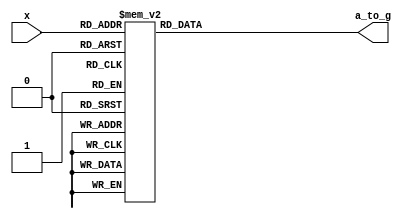
`timescale 1ns / 1ps

module hex7seg( x, a_to_g);

input  wire [3:0] x;
output reg  [6:0] a_to_g;

always @(*)
 case(x)
        4'h0: a_to_g = 7'b0000001;
        4'h1: a_to_g = 7'b1001111;
        4'h2: a_to_g = 7'b0010010;
        4'h3: a_to_g = 7'b0000110;
        4'h4: a_to_g = 7'b1001100;
        4'h5: a_to_g = 7'b0100100;
        4'h6: a_to_g = 7'b0100000;
        4'h7: a_to_g = 7'b0001111;
        4'h8: a_to_g = 7'b0000000;
        4'h9: a_to_g = 7'b0000100;
        4'hA: a_to_g = 7'b1111110;//negative sign
        4'hb: a_to_g = 7'b1100000;
        4'hC: a_to_g = 7'b0110001;
        4'hd: a_to_g = 7'b1000010;
        4'hE: a_to_g = 7'b0110000;
        4'hF: a_to_g = 7'b0111000;
        default: a_to_g = 7'b0000001; 
    endcase	 

endmodule